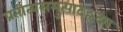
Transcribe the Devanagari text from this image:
प्रतीत्यसमुत्पादहृदय